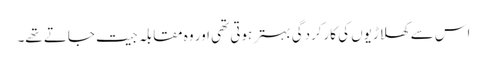
اس سے کھلاڑیوں کی کارکردگی بہتر ہوتی تھی اور وہ مقابلہ جیت جاتے تھے۔